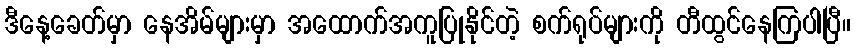
ဒီနေ့ခေတ်မှာ နေအိမ်များမှာ အထောက်အကူပြုနိုင်တဲ့ စက်ရုပ်များကို တီထွင်နေကြပါပြီ။